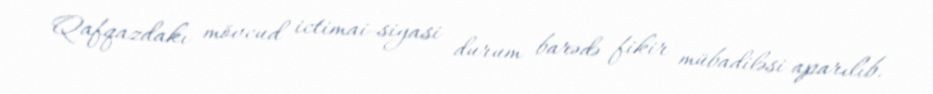
Qafqazdakı mövcud ictimai-siyasi durum barədə fikir mübadiləsi aparılıb.